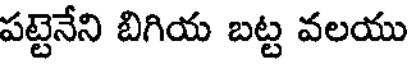
పట్టెనేని బిగియ బట్ట వలయు